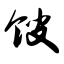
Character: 馊